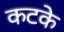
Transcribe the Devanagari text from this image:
कटके